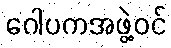
ဂေါပကအဖွဲ့ဝင်